Sketch of the medical history of the native army of Bombay, for the year
Year: 1870
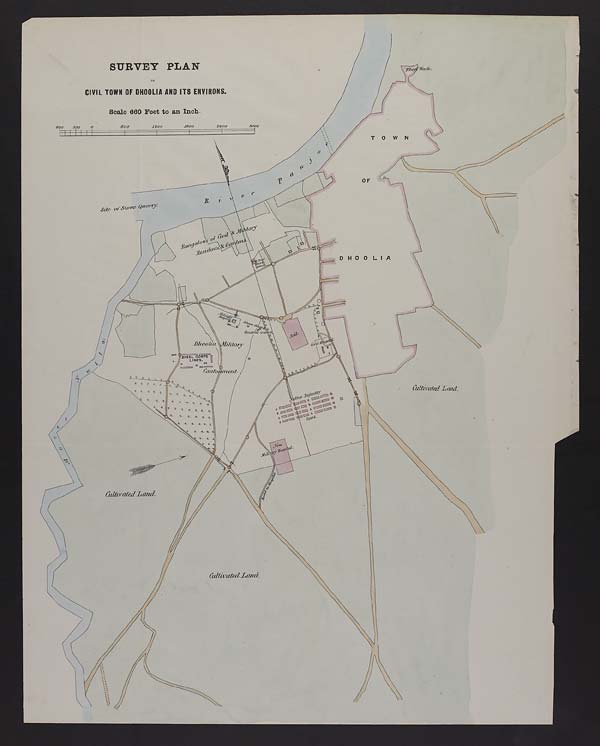
SURVEY PLAN
OF
CIVIL TOWN OF DHOOLIA AND ITS ENVIRONS.
Scale 660 Feet to an Inch.